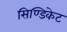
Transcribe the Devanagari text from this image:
सिण्डिकेट